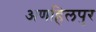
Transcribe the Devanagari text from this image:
अणहिलपुर